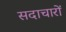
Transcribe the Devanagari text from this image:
सदाचारों